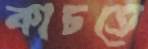
কাচতে